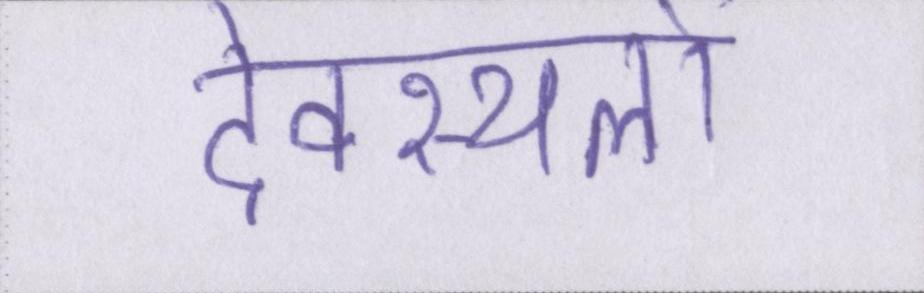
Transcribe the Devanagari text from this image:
देवस्थलों